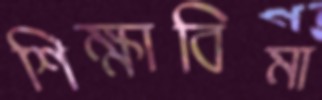
শিক্ষাবিমা